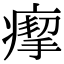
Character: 𤸪